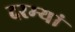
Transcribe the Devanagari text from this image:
दरम्‍यां